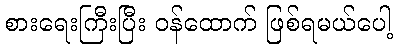
စားရေးကြီးပြီး ဝန်ထောက် ဖြစ်ရမယ်ပေါ့